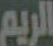
الريم